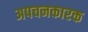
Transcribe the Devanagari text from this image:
अपचनकारक